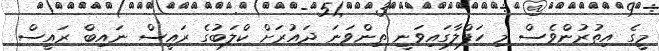
މީގެ އިތުރުންވެސް މި ހަފްލާގައިވަނީ ތިންވަނަ ދައުރަށް ކްލަބުގެ ރައީސް ނައިބް ރައީސް